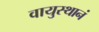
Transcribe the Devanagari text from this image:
वायुस्थानं